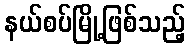
နယ်စပ်မြို့ဖြစ်သည့်